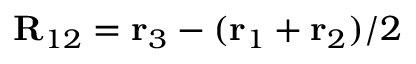
\mathbf { R } _ { 1 2 } = \mathbf { r } _ { 3 } - ( \mathbf { r } _ { 1 } + \mathbf { r } _ { 2 } ) / 2